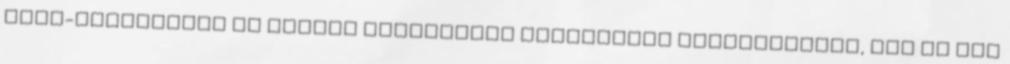
kgfb-díjtarifák az elmúlt időszakban jelentősen megváltoztak, így az MNB